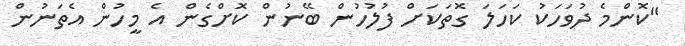
"ކޮންމެ ދުވަހަކު ކަހަލަ ގޮތަކަށް ފުލުހުން ބޭނުން ކޮށްގެން އެ މީހުން އެތަނުން